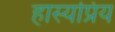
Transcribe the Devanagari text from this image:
हास्यप्रिय